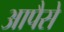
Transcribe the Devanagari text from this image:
आपैसे